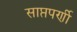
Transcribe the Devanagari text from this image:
साप्तपर्णी